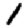
Digit: 1